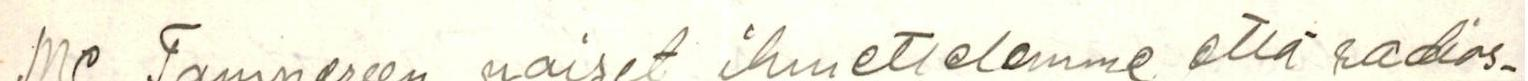
Me Tampereen naiset ihmettelemme että radios-